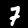
Digit: 7